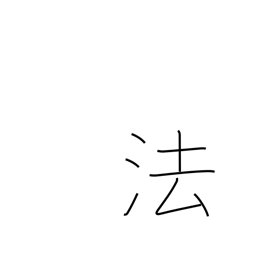
Meaning: method